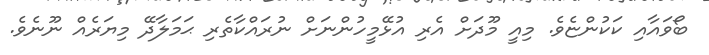
ބޯވައާއި ކަކުންޏެވެ. މިއީ މޫދަށް އެރި އުޅޭމީހުންނަށް ނުރައްކާތެރި ޙަމަލާދޭ މިޔަރެއް ނޫނެވެ.